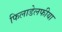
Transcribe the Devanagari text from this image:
फिलाडेलफीया